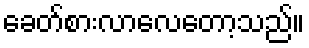
ခေတ်စားလာလေတော့သည်။